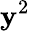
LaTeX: \mathbf{y}^{2}